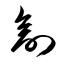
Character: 剖